Elephants and their diseases
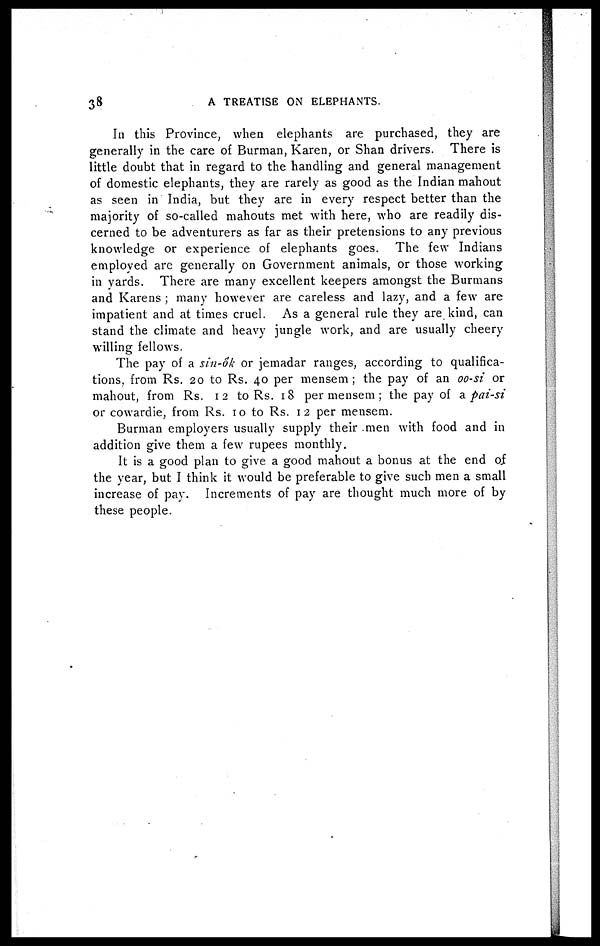
38
A TREATISE ON ELEPHANTS.
In this Province, when elephants are purchased, they are
generally in the care of Burman, Karen, or Shan drivers. There is
little doubt that in regard to the handling and general management
of domestic elephants, they are rarely as good as the Indian mahout
as seen in India, but they are in every respect better than the
majority of so-called mahouts met with here, who are readily dis-
cerned to be adventurers as far as their pretensions to any previous
knowledge or experience of elephants goes. The few Indians
employed are generally on Government animals, or those working
in yards. There are many excellent keepers amongst the Burmans
and Karens ; many however are careless and lazy, and a few are
impatient and at times cruel. As a general rule they are kind, can
stand the climate and heavy jungle work, and are usually cheery
willing fellows.
The pay of a sin-ok or jemadar ranges, according to qualifica-
tions, from Rs. 20 to Rs. 40 per mensem ; the pay of an oo-si or
mahout, from Rs. 12 to Rs. 18 per mensem ; the pay of a pai-si
or cowardie, from Rs. 10 to Rs. 12 per mensem.
Burman employers usually supply their men with food and in
addition give them a few rupees monthly.
It is a good plan to give a good mahout a bonus at the end of
the year, but I think it would be preferable to give such men a small
increase of pay. Increments of pay are thought much more of by
these people.